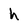
Character: h